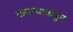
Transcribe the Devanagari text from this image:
कंपन्याकडून